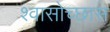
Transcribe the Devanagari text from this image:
श्वासोच्छास